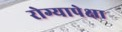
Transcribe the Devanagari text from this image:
रोग्यापेक्षा